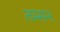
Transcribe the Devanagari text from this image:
तम्मन